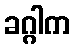
ခဂ္ဂါက